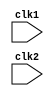
module pipe_MIPS32 (clk1, clk2);

	input clk1, clk2;
	
	reg [31:0] PC, IF_ID_IR, IF_ID_NPC;
	reg [31:0] ID_EX_IR, ID_EX_NPC, ID_EX_A, ID_EX_B, ID_EX_Imm;
	reg [2:0]  ID_EX_type, EX_MEM_type, MEM_WB_type;
	reg [31:0] EX_MEM_IR, EX_MEM_ALUOut, EX_MEM_B;
	reg        EX_MEM_cond;
	reg [31:0] MEM_WB_IR,  MEM_WB_ALUOut,  MEM_WB_LMD;
	
	reg [31:0] Reg [0:31];
	reg [31:0] Mem [0:1023];
	
	parameter ADD=6'b000000, SUB=6'b000001, AND=6'b000010, OR=6'b000011, 
	          SLT=6'b000100, MUL=6'b000101, HLT=6'b111111, LW=6'b001000,
			  SW=6'b001001, ADDI=6'b001010, SUBI=6'b001011, SLTI=6'b001100,
			  BNEQZ=6'b001101, BEQZ=6'b001110;
			  
	parameter RR_ALU=3'b000, RM_ALU=3'b001, LOAD=3'b010, STORE=3'b011,
	          BRANCH=3'b100, HALT=3'b101;
			  
			  
	reg HALTED;
	
	
	reg TAKEN_BRANCH;
	
	
    always @(posedge clk1)                   //IF Stage
		if (HALTED == 0)
			begin
				if(((EX_MEM_IR[31:26] == BEQZ) && (EX_MEM_cond == 1)) ||
				   ((EX_MEM_IR[31:26] == BNEQZ) && (EX_MEM_cond == 0)))
				   
					begin
						IF_ID_IR      <= #2 Mem[EX_MEM_ALUOut];
						TAKEN_BRANCH  <= #2 1'b1;
						IF_ID_NPC     <= #2 EX_MEM_ALUOut + 1;
						PC            <= #2 EX_MEM_ALUOut + 1;
					end
					
				else
					begin
						IF_ID_IR      <= #2 Mem[PC];
						IF_ID_NPC     <= #2 PC+1;
						PC            <= #2 PC+1;
					end
		    end
			
			
	always @ (posedge clk2)                 //ID 
	
		if(HALTED == 0)
			begin
				if(IF_ID_IR[25:21] == 5'b00000) ID_EX_A <= 0;
				else ID_EX_A    <=   #2 Reg[IF_ID_IR[25:21]];
				
				if(IF_ID_IR[20:16] == 5'b00000) ID_EX_B <= 0;
				else ID_EX_B    <=   #2 Reg[IF_ID_IR[20:16]];
				
				ID_EX_NPC   <=  #2 IF_ID_NPC;
				ID_EX_IR    <=  #2 IF_ID_IR;
				ID_EX_Imm   <=  #2 {{16{IF_ID_IR[15]}}, {IF_ID_IR[15:0]}};
				
				case (IF_ID_IR[31:26])
					ADD,SUB,AND,OR,SLT,MUL: ID_EX_type <= #2 RR_ALU;
					ADDI,SUBI,SLTI:         ID_EX_type <= #2 RM_ALU;
					LW:                     ID_EX_type <= #2 LOAD;
					SW:                     ID_EX_type <= #2 STORE;
					BEQZ,BNEQZ:             ID_EX_type <= #2 BRANCH;
					HLT:                    ID_EX_type <= #2 HALT;
					default:                ID_EX_type <= #2 HALT;
				endcase
			end
			
			
	always @ (posedge clk1)
	
		if(HALTED == 0)
			begin
				EX_MEM_type  <= #2 ID_EX_type;
				EX_MEM_IR    <= #2 ID_EX_IR;
				TAKEN_BRANCH <= #2 0;
				
				case (ID_EX_type)
					RR_ALU: begin
								case (ID_EX_IR[31:26])   
									ADD:    EX_MEM_ALUOut  <=  #2 ID_EX_A + ID_EX_B;
									SUB:    EX_MEM_ALUOut  <=  #2 ID_EX_A - ID_EX_B;
									AND:    EX_MEM_ALUOut  <=  #2 ID_EX_A & ID_EX_B;
									OR:     EX_MEM_ALUOut  <=  #2 ID_EX_A | ID_EX_B;
									SLT:    EX_MEM_ALUOut  <=  #2 ID_EX_A < ID_EX_B;
									MUL:    EX_MEM_ALUOut  <=  #2 ID_EX_A * ID_EX_B;
									default:EX_MEM_ALUOut  <=  #2 32'hxxxxxxxx;	
								endcase
							end
							
					RM_ALU: begin
								case (ID_EX_IR[31:26])
									ADDI:   EX_MEM_ALUOut  <=  #2 ID_EX_A + ID_EX_Imm;
									SUBI:   EX_MEM_ALUOut  <=  #2 ID_EX_A - ID_EX_Imm;
									SLTI:   EX_MEM_ALUOut  <=  #2 ID_EX_A < ID_EX_Imm;
									default:EX_MEM_ALUOut  <=  #2 32'hxxxxxxxx;	
							    endcase
							end
							
					LOAD, STORE: begin
									EX_MEM_ALUOut  <=  #2 ID_EX_A + ID_EX_Imm;
									EX_MEM_B       <=  #2 ID_EX_B;
								 end
								 
					BRANCH: begin
								EX_MEM_ALUOut  <= #2 ID_EX_NPC + ID_EX_Imm;
								EX_MEM_cond    <= #2 (ID_EX_A == 0);
							end
				endcase
							
			end
			
			
	always @ (posedge clk2)
		if(HALTED == 0)
			begin
				MEM_WB_type <= EX_MEM_type;
				MEM_WB_IR   <= #2 EX_MEM_IR;
					
				case (EX_MEM_type)
					RR_ALU,RM_ALU: MEM_WB_ALUOut <= #2 EX_MEM_ALUOut;
					
					LOAD:          MEM_WB_LMD    <= #2 Mem[EX_MEM_ALUOut];
						
					STORE:         if(TAKEN_BRANCH == 0)        
					                  Mem[EX_MEM_ALUOut] <= #2 EX_MEM_B;
									  
				endcase
			end
			
			
	always @ (posedge clk1)
	    begin
			if(TAKEN_BRANCH == 0)
			
			case (MEM_WB_type)
				
				RR_ALU: Reg[MEM_WB_IR[15:11]] <= #2 MEM_WB_ALUOut;
				
				RM_ALU: Reg[MEM_WB_IR[20:16]] <= #2 MEM_WB_ALUOut;
				
				LOAD:   Reg[MEM_WB_IR[20:16]] <= #2 MEM_WB_LMD;
				
				HALT:   HALTED <= #2 1'b1;
			
			endcase
				
		end
		
endmodule